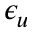
\epsilon _ { u }